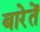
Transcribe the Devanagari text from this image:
बारेतें